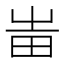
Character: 𤰫